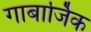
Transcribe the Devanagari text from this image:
गाबार्जिक